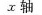
x轴